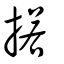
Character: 掿